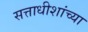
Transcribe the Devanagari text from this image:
सत्ताधीशांच्या